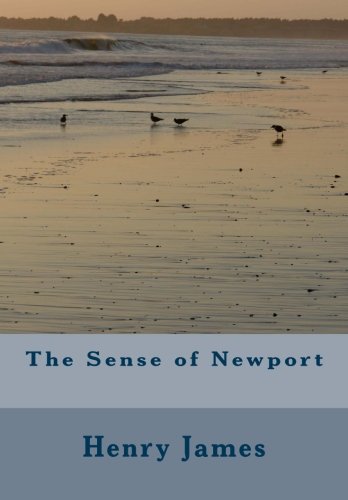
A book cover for The Sense of Newport; Henry James; Travel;